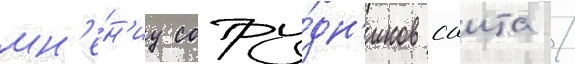
мн'е́н'иу сотру́дн'иков саита /